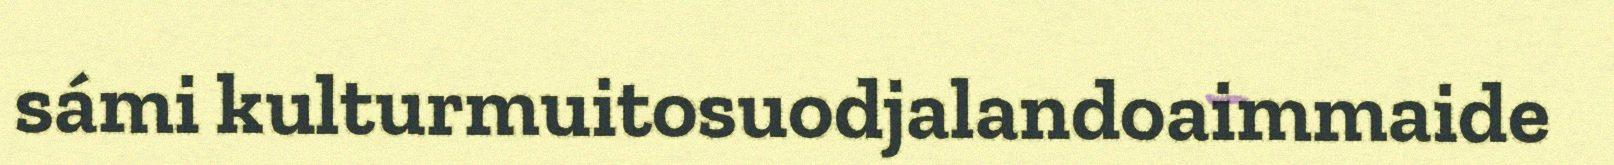
sámi kulturmuitosuodjalandoaimmaide